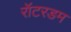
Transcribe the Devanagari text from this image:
रॉटरडम